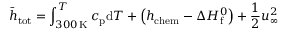
\bar { h } _ { \mathrm { t o t } } = \int _ { 3 0 0 \, \mathrm { K } } ^ { T } c _ { \mathrm { p } } \mathrm { d } T + \left( h _ { \mathrm { c h e m } } - \Delta H _ { \mathrm { f } } ^ { 0 } \right) + \frac { 1 } { 2 } u _ { \mathrm { \infty } } ^ { 2 }